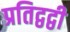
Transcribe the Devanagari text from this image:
प्रतिद्वद्वी